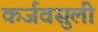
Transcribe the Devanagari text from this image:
कर्जवसुली